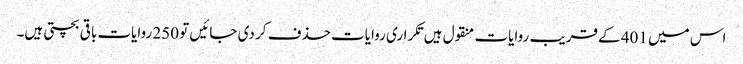
اس میں 401 کے قریب روایات منقول ہیں تکراری روایات حذف کر دی جائیں تو 250 روایات باقی بچتی ہیں۔